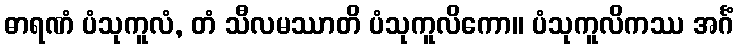
ဓာရဏံ ပံသုကူလံ, တံ သီလမဿာတိ ပံသုကူလိကော။ ပံသုကူလိကဿ အင်္ဂံ